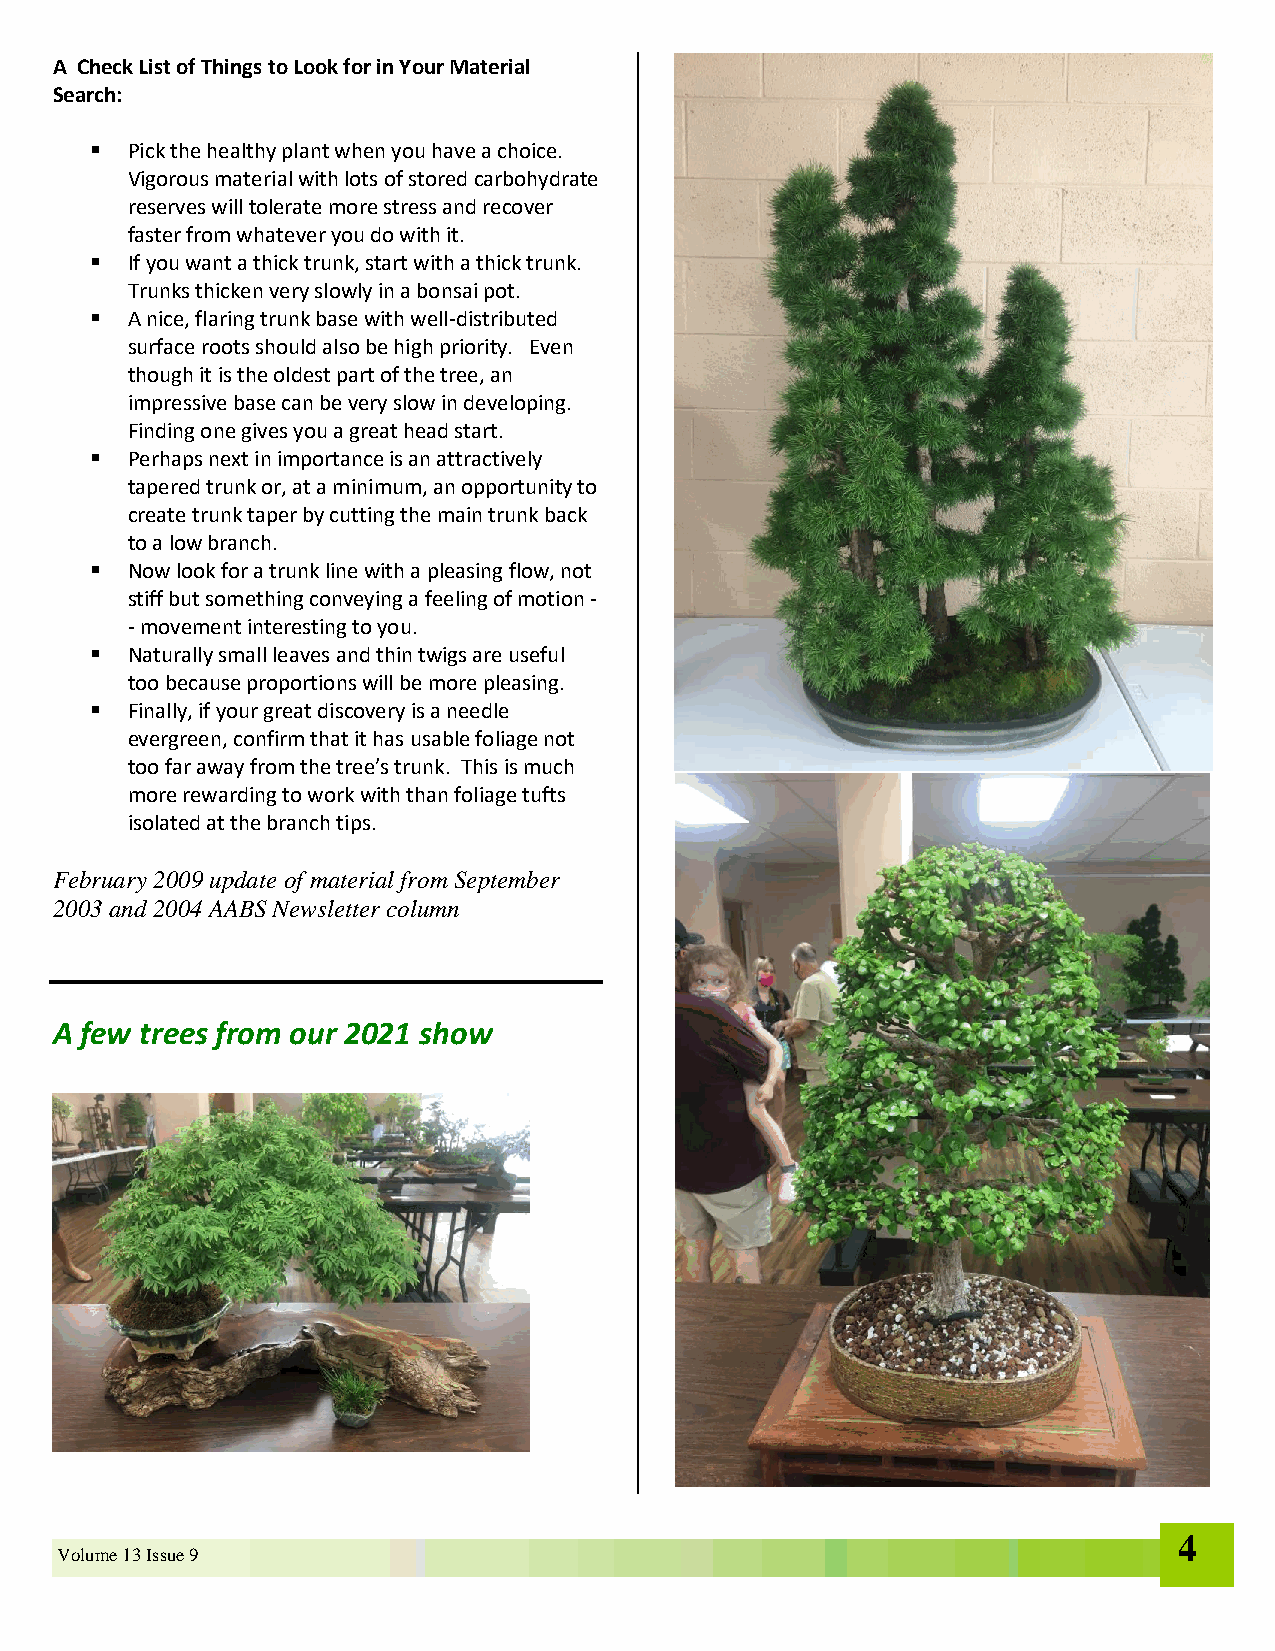
A Check List of Things to Look for in Your Material
 Search:
 ▪ Pick the healthy plant when you have a choice.
 Vigorous material with lots of stored carbohydrate
 reserves will tolerate more stress and recover
 faster from whatever you do with it.
 ▪ If you want a thick trunk, start with a thick trunk.
 Trunks thicken very slowly in a bonsai pot.
 ▪ A nice, flaring trunk base with well-distributed
 surface roots should also be high priority. Even
 though it is the oldest part of the tree, an
 impressive base can be very slow in developing.
 Finding one gives you a great head start.
 ▪ Perhaps next in importance is an attractively
 tapered trunk or, at a minimum, an opportunity to
 create trunk taper by cutting the main trunk back
 to a low branch.
 ▪ Now look for a trunk line with a pleasing flow, not
 stiff but something conveying a feeling of motion -
 - movement interesting to you.
 ▪ Naturally small leaves and thin twigs are useful
 too because proportions will be more pleasing.
 ▪ Finally, if your great discovery is a needle
 evergreen, confirm that it has usable foliage not
 too far away from the tree’s trunk. This is much
 more rewarding to work with than foliage tufts
 isolated at the branch tips.
 February 2009 update of material from September
 2003 and 2004 AABS Newsletter column
 A few trees from our 2021 show
 4
 Volume 13 Issue 9